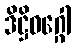
ဒိဋ္ဌိဝဂ္ဂေါ